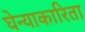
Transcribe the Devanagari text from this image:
घेन्याकारिता